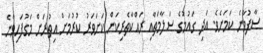
ސާފުވާނެ ކަމަށެވެ. އަދި ގައުމުގެ ސަލާމަތާއި ރައްކާތެރިކަން ކަށަވަރު ކުރުމަށް އިތުރަށް މަގުފަހިވާނެ